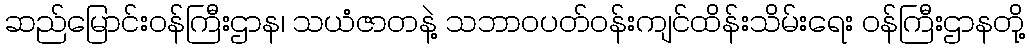
ဆည်မြောင်းဝန်ကြီးဌာန၊ သယံဇာတနဲ့ သဘာဝပတ်ဝန်းကျင်ထိန်းသိမ်းရေး ဝန်ကြီးဌာနတို့